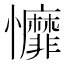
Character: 戂